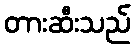
တားဆီးသည်